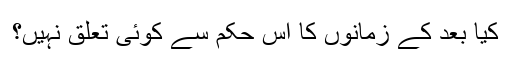
کیا بعد کے زمانوں کا اس حکم سے کوئی تعلق نہیں؟